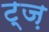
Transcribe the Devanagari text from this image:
ट्ज़